Calcutta medical institutions reports 1879-81 [i.e.91]
Year: 1879
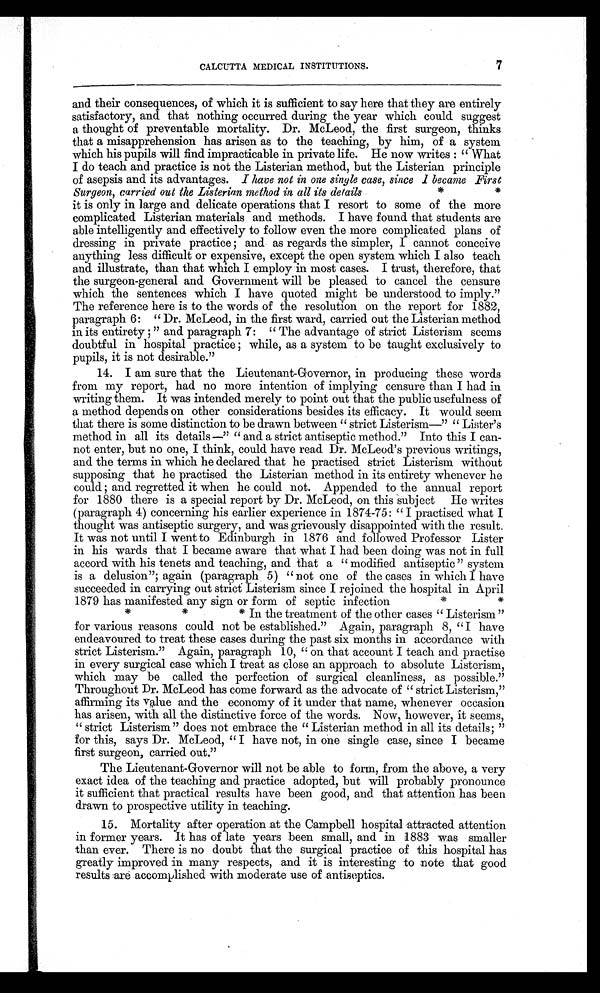
CALCUTTA MEDICAL INSTITUTIONS. 7
and their consequences, of which it is sufficient to say here that they are entirely
satisfactory, and that nothing occurred during the year which could suggest
a thought of preventable mortality. Dr. McLeod, the first surgeon, thinks
that a misapprehension has arisen as to the teaching, by him, of a system
which his pupils will find impracticable in private life. He now writes : "What
I do teach and practice is not the Listerian method, but the Listerian principle
of asepsis and its advantages. I have not in one single case, since I became First
Surgeon, carried out the Listerian method in all its details
* *
it is only in large and delicate operations that I resort to some of the more
complicated Listerian materials and methods. I have found that students are
able intelligently and effectively to follow even the more complicated plans of
dressing in private practice ; and as regards the simpler, I cannot conceive
anything less difficult or expensive, except the open system which I also teach
and illustrate, than that which I employ in most cases. I trust, therefore, that
the surgeon-general and Government will be pleased to cancel the censure
which the sentences which I have quoted might be understood to imply."
The reference here is to the words of the resolution on the report for 1882,
paragraph 6: "Dr. McLeod, in the first ward, carried out the Listerian method
in its entirety ;" and paragraph 7: "The advantage of strict Listerism seems
doubtful in hospital practice ; while, as a system to be taught exclusively to
pupils, it is not desirable."
14.
I
am sure that the Lieutenant-Governor, in producing these words
from my report, had no more intention of implying censure than I had in
writing them. It was intended merely to point out that the public usefulness of
a method depends on other considerations besides its efficacy. It would seem
that there is some distinction to be drawn between "strict Listerism—" "Lister's
method in all its details—" "and a strict antiseptic method." Into this I can-
-not enter, but no one, I think, could have read Dr. McLeod's previous writings,
and the terms in which he declared that he practised strict Listerism without
supposing that he practised the Listerian method in its entirety whenever he
could ; and regretted it when he could not. Appended to the annual report
for 1880 there is a special report by Dr. McLeod, on this subject He writes
(paragraph 4) concerning his earlier experience in 1874-75: "I practised what I
thought was antiseptic surgery, and was grievously disappointed with the result.
It was not until I went to Edinburgh in 1876 and followed Professor Lister
in his wards that I became aware that what I had been doing was not in full
accord with his tenets and teaching, and that a "modified antiseptic" system
is a delusion"; again (paragraph 5) "not one of the cases in which I have
succeeded in carrying out strict Listerism since I rejoined the hospital in April
1879 has manifested any sign or form of septic infection
*
*
*
*
* In the treatment of the other cases "Listerism"
for various reasons could not be established." Again, paragraph 8, "I have
endeavoured to treat these cases during the past six months in accordance with
strict Listerism." Again, paragraph 10, "on that account I teach and practise
in every surgical case which I treat as close an approach to absolute Listerism,
which may be called the perfection of surgical cleanliness, as possible."
Throughout Dr. McLeod has come forward as the advocate of "strict Listerism,"
affirming its value and the economy of it under that name, whenever occasion
has arisen, with all the distinctive force of the words. Now, however, it seems,
"strict Listerism" does not embrace the "Listerian method in all its details;"
for this, says Dr. McLeod, "I have not, in one single case, since I became
first surgeon, carried out."
The Lieutenant-Governor will not be able to form, from the above, a very
exact idea of the teaching and practice adopted, but will probably pronounce
it sufficient that practical results have been good, and that attention has been
drawn to prospective utility in teaching.
15. Mortality after operation at the Campbell hospital attracted attention
in former years. It has of late years been small, and in 1883 was smaller
than ever. There is no doubt that the surgical practice of this hospital has
greatly improved in many respects, and it is interesting to note that good
results are accomplished with moderate use of antiseptics.